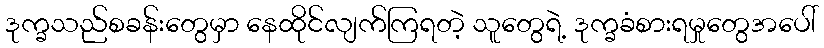
ဒုက္ခသည်စခန်းတွေမှာ နေထိုင်လျက်ကြရတဲ့ သူတွေရဲ့ ဒုက္ခခံစားရမှုတွေအပေါ်